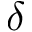
\delta